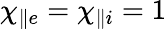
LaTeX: \chi_{\parallel e}=\chi_{\parallel i}=1